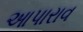
આપારાવ